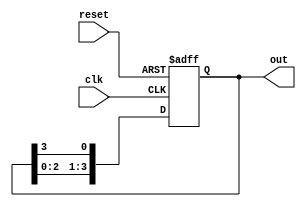
module binary_ring_counter (
    input wire clk,        // Clock signal
    input wire reset,      // Asynchronous reset signal
    output reg [3:0] out   // 4-bit output
);

// Initial state for the counter
initial begin
    out = 4'b0001; // Start with the first flip-flop set to '1'
end

// Always block triggered on the rising edge of the clock or on reset
always @(posedge clk or posedge reset) begin
    if (reset) begin
        out <= 4'b0001; // Reset the counter to the initial state
    end else begin
        // Shift the '1' to the next flip-flop in the ring
        out <= {out[2:0], out[3]}; // Shift left, with the last bit fed back to the first
    end
end

endmodule